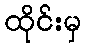
ထိုင်းမှ